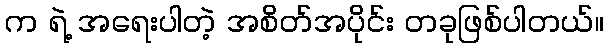
က ရဲ့ အရေးပါတဲ့ အစိတ်အပိုင်း တခုဖြစ်ပါတယ်။